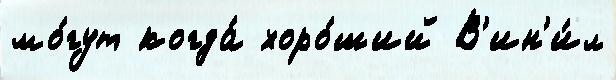
мо́гут когда́ хоро́ший В'ин'и́л